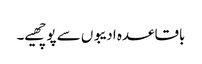
باقاعدہ ادیبوں سے پوچھیے۔